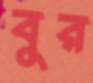
বুর